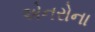
એનરોના